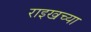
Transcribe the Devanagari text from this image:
राइखच्या